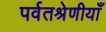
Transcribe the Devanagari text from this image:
पर्वतश्रेणीयाँ